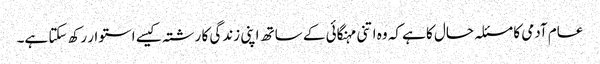
عام آدمی کا مسئلہ حال کا ہے کہ وہ اتنی مہنگائی کے ساتھ اپنی زندگی کا رشتہ کیسے استوار رکھ سکتا ہے۔